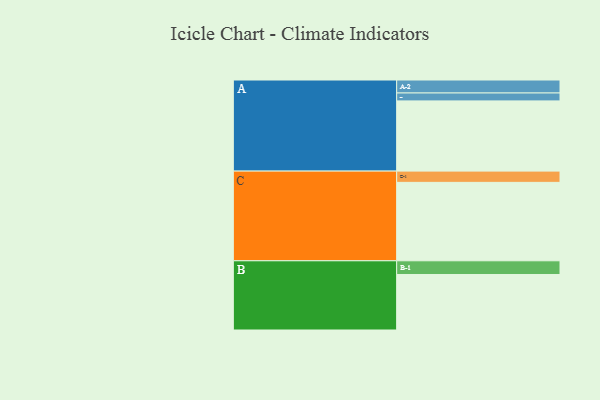
{"axis": {"x": "Segment", "y": "Value"}, "legend": ["", "A", "B", "C"], "data": [{"x": "A", "y": 487, "type": ""}, {"x": "B", "y": 385, "type": ""}, {"x": "C", "y": 544, "type": ""}, {"x": "A-1", "y": 55, "type": "A"}, {"x": "A-2", "y": 90, "type": "A"}, {"x": "B-1", "y": 95, "type": "B"}, {"x": "C-1", "y": 78, "type": "C"}]}